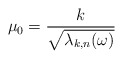
\begin{align*}\mu_0 = \frac{k}{\sqrt{\lambda_{k,n}(\omega)}}\end{align*}